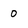
Character: o